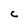
Character: C